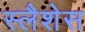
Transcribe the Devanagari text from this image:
स्लैशेस